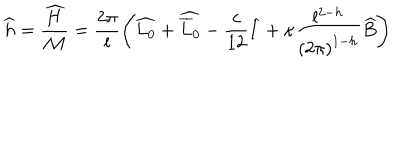
LaTeX: \widehat { h } = \displaystyle \frac { \widehat { H } } { { \cal M } } = \displaystyle \frac { 2 \pi } { l } \left( \widehat { L _ { 0 } } + \widehat { \overline { { { L } } } _ { 0 } } - \displaystyle \frac { c } { 1 2 } \widehat { I } + \kappa \displaystyle \frac { l ^ { 2 - h } } { \left( 2 \pi \right) ^ { 1 - h } } \widehat { B } \right)